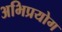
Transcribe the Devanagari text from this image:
अभिप्रयोग